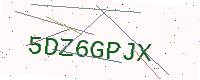
Text: 5DZ6GPJX